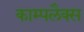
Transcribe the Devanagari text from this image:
काम्पलैक्स